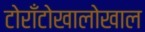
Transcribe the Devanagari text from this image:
टोराँटोखालोखाल